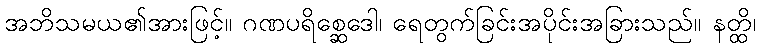
အဘိသမယ၏အားဖြင့်။ ဂဏပရိစ္ဆေဒေါ၊ ရေတွက်ခြင်းအပိုင်းအခြားသည်။ နတ္ထိ၊